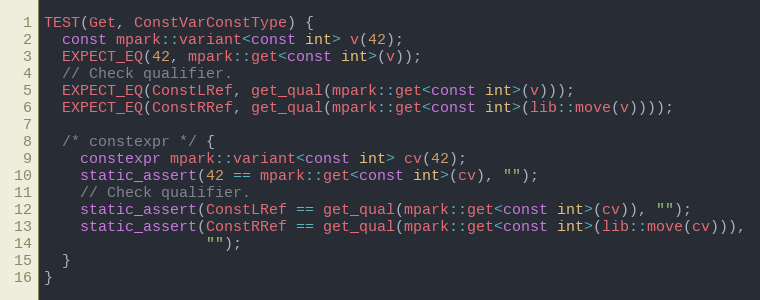
Language: C++
TEST(Get, ConstVarConstType) {
  const mpark::variant<const int> v(42);
  EXPECT_EQ(42, mpark::get<const int>(v));
  // Check qualifier.
  EXPECT_EQ(ConstLRef, get_qual(mpark::get<const int>(v)));
  EXPECT_EQ(ConstRRef, get_qual(mpark::get<const int>(lib::move(v))));

  /* constexpr */ {
    constexpr mpark::variant<const int> cv(42);
    static_assert(42 == mpark::get<const int>(cv), "");
    // Check qualifier.
    static_assert(ConstLRef == get_qual(mpark::get<const int>(cv)), "");
    static_assert(ConstRRef == get_qual(mpark::get<const int>(lib::move(cv))),
                  "");
  }
}